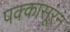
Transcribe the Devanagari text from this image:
पक्कासूरन